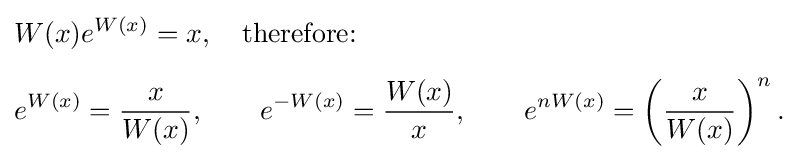
{\begin{aligned}&W(x)e^{W(x)}=x,\quad {\text{therefore:}}\\[5pt]&e^{W(x)}={\frac {x}{W(x)}},\qquad e^{-W(x)}={\frac {W(x)}{x}},\qquad e^{nW(x)}=\left({\frac {x}{W(x)}}\right)^{n}.\end{aligned}}